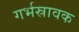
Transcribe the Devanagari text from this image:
गर्भस्रावक